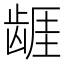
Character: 𱌷